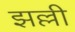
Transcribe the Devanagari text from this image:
झल्ली